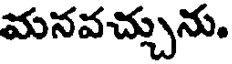
మనవచ్చును.